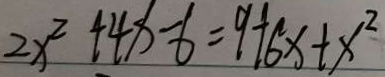
2 x ^ { 2 } + 4 x - 6 = 9 + 6 x + x ^ { 2 }